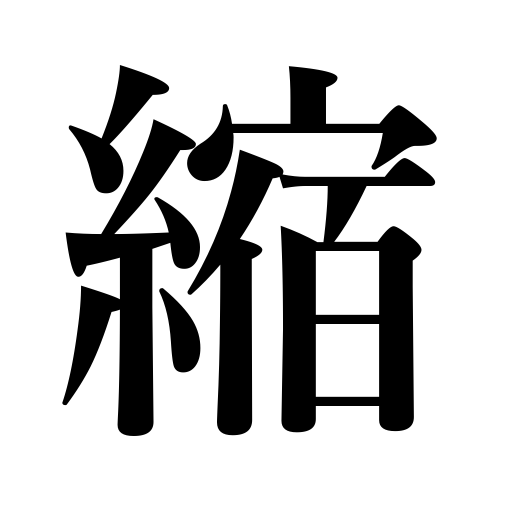
Meanings: withdraw,crinkle,condense,be wavy,shorten,shrink,compress,abridge,be abbreviated,simplify,abbreviate,be reduced,shrivel,boil down,curl,crumple,be wrinkled,reduce,be abridged,wrinkle,be corrugated,contract,be contracted,crimp,be shortened